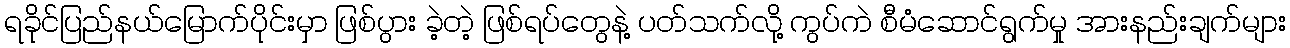
ရခိုင်ပြည်နယ်မြောက်ပိုင်းမှာ ဖြစ်ပွား ခဲ့တဲ့ ဖြစ်ရပ်တွေနဲ့ ပတ်သက်လို့ ကွပ်ကဲ စီမံဆောင်ရွက်မှု အားနည်းချက်များ